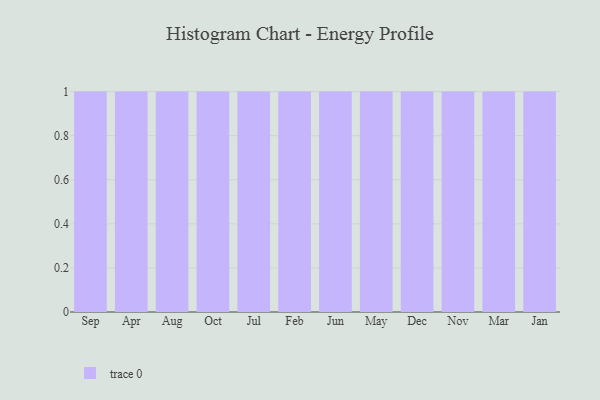
{"axis": {"x": "Month", "y": "Market Share (%)"}, "legend": [""], "data": [{"x": "Sep", "y": 91, "type": ""}, {"x": "Apr", "y": 86, "type": ""}, {"x": "Aug", "y": 22, "type": ""}, {"x": "Oct", "y": 61, "type": ""}, {"x": "Jul", "y": 19, "type": ""}, {"x": "Feb", "y": 94, "type": ""}, {"x": "Jun", "y": 7, "type": ""}, {"x": "May", "y": 31, "type": ""}, {"x": "Dec", "y": 86, "type": ""}, {"x": "Nov", "y": 18, "type": ""}, {"x": "Mar", "y": 63, "type": ""}, {"x": "Jan", "y": 50, "type": ""}]}